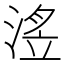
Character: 𭱗